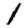
Digit: 1